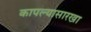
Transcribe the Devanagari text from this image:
कापल्यासारखा